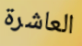
العاشرة